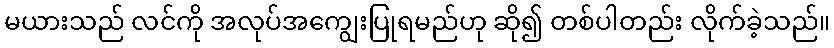
မယားသည် လင်ကို အလုပ်အကျွေးပြုရမည်ဟု ဆို၍ တစ်ပါတည်း လိုက်ခဲ့သည်။